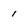
Character: i